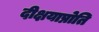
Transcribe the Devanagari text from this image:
दीक्षयाप्नोति